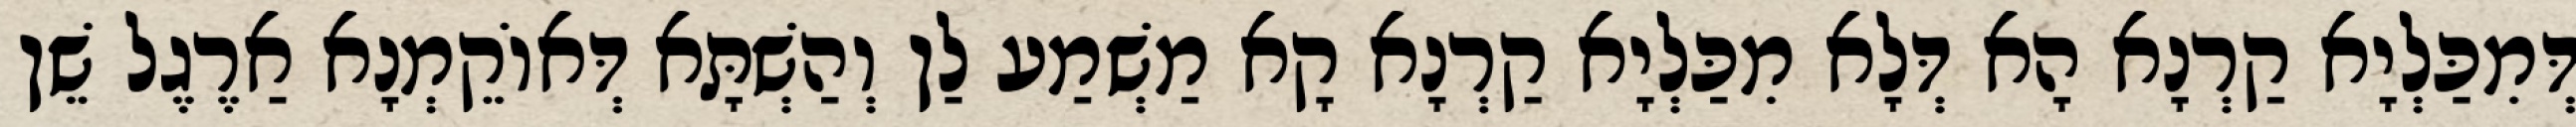
דְּמִכַּלְיָא קַרְנָא הָא דְּלָא מִכַּלְיָא קַרְנָא קָא מַשְׁמַע לַן וְהַשְׁתָּא דְּאוֹקֵמְנָא אַרֶגֶל שֵׁן